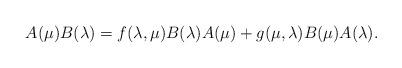
LaTeX: \begin{align*}A(\mu) B(\lambda) =f(\lambda,\mu) B(\lambda) A(\mu) + g(\mu,\lambda) B(\mu) A(\lambda).\end{align*}